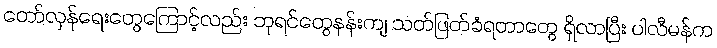
တော်လှန်ရေးတွေကြောင့်လည်း ဘုရင်တွေနန်းကျ သတ်ဖြတ်ခံရတာတွေ ရှိလာပြီး ပါလီမန်က